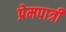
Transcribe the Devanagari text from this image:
प्रेमपात्री